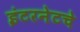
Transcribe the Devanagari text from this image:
इंटरनेटचे